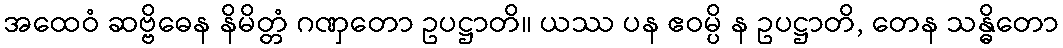
အထေဝံ ဆဗ္ဗိဓေန နိမိတ္တံ ဂဏှတော ဥပဋ္ဌာတိ။ ယဿ ပန ဧဝမ္ပိ န ဥပဋ္ဌာတိ, တေန သန္ဓိတော